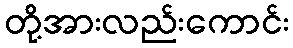
တို့အားလည်းကောင်း